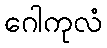
ဂေါကုလံ